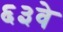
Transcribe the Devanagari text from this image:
६३वे